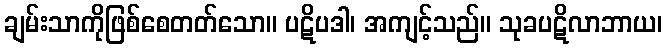
ချမ်းသာကိုဖြစ်စေတတ်သော။ ပဋိပဒါ၊ အကျင့်သည်။ သုခပဋိလာဘာယ၊